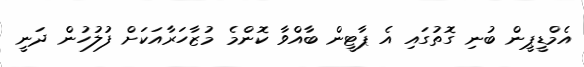
އެމްޑީޕީން ބުނި ގޮތުގައި އެ ޕާޓީން ބާއްވާ ކޮންމެ މުޒާހަރާއަކަށް ފުލުހުން ދަނީ